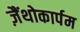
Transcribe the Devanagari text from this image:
ज़ैंथोकार्पम